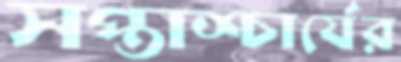
সপ্তাশ্চার্যের